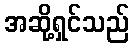
အဆို့ရှင်သည်